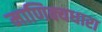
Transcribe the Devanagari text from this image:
माणिक्यधारा